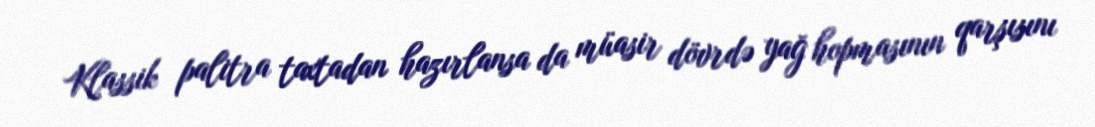
Klassik palitra taxtadan hazırlansa da müasir dövrdə yağ hopmasının qarşısını